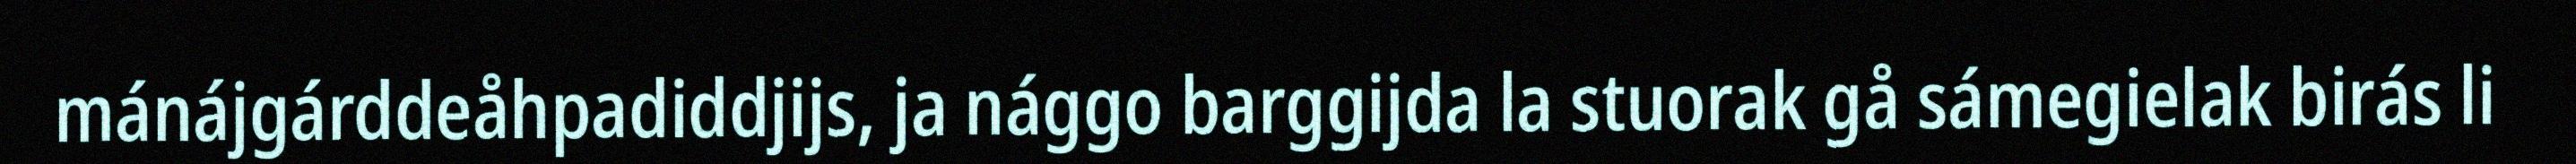
mánájgárddeåhpadiddjijs, ja nággo barggijda la stuorak gå sámegielak birás li